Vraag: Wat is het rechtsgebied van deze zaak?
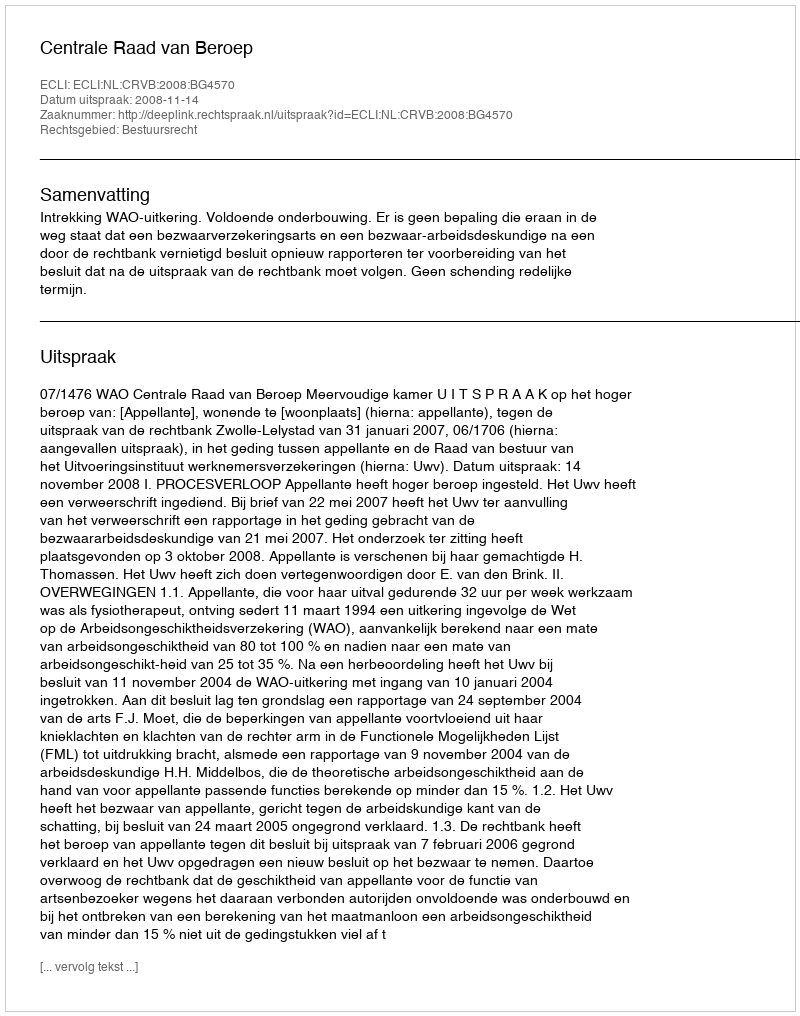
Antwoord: Bestuursrecht